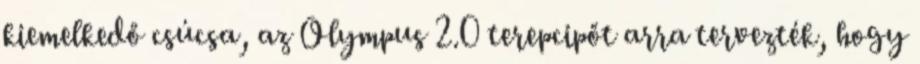
kiemelkedő csúcsa, az Olympus 2.0 terepcipőt arra tervezték, hogy